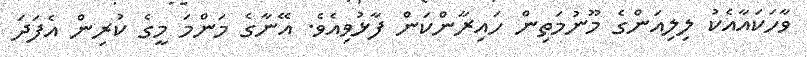
ވާހަކައާއެކު ލިލިއަންގެ މޫނުމަތިން ހައިރާންކަން ފާޅުވިއެވެ. އޭނާގެ މަންމަ މީގެ ކުރިން އެފަދަ